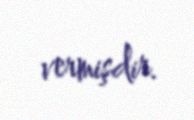
vermişdir.